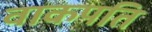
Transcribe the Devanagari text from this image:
वाकपति